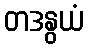
တဒနွယံ